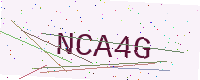
Text: NCA4G